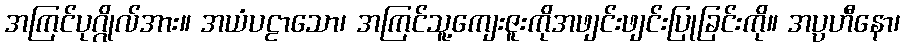
အကြင်ပုဂ္ဂိုလ်အား။ အယံပဠာသော၊ အကြင်သူ့ကျေးဇူးကိုအဖျင်းဖျင်းပြုခြင်းကို။ အပ္ပဟီနော၊